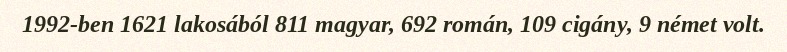
1992-ben 1621 lakosából 811 magyar, 692 román, 109 cigány, 9 német volt.